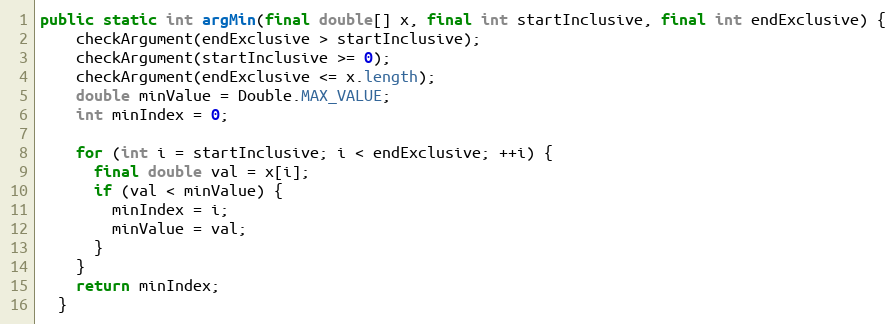
Language: Java
public static int argMin(final double[] x, final int startInclusive, final int endExclusive) {
    checkArgument(endExclusive > startInclusive);
    checkArgument(startInclusive >= 0);
    checkArgument(endExclusive <= x.length);
    double minValue = Double.MAX_VALUE;
    int minIndex = 0;

    for (int i = startInclusive; i < endExclusive; ++i) {
      final double val = x[i];
      if (val < minValue) {
        minIndex = i;
        minValue = val;
      }
    }
    return minIndex;
  }